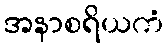
အနာစရိယကံ